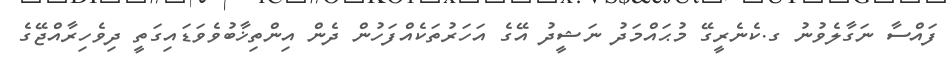
ފައްސާ ނަގާލެވުނު ގ.ކެނެރީގޭ މުޙައްމަދު ނަޝީދު އޭގެ އަހަރުތަކެއްފަހުން ދެން އިންތިޚާބުވެވަޑައިގަތީ ދިވެހިރާއްޖޭގެ